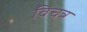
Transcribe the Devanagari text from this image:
विचत्र